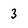
Character: 3